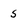
Character: s